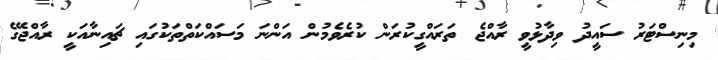
މިނިސްޓަރު ސައީދު ވިދާޅުވީ ރާއްޖެ ތަރައްގީކުރަން ކުރެވެމުން އަންނަ މަސައްކަތްތަކުގައި ޗައިނާއަކީ ރާއްޖޭގެ